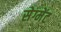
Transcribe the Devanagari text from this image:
सेग्मेंट